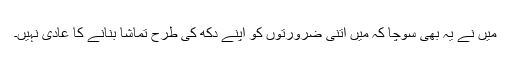
میں نے یہ بھی سوچا کہ میں اتنی ضرورتوں کو اپنے دکھ کی طرح تماشا بنانے کا عادی نہیں۔